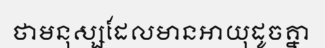
ថាមនុស្សដែលមានអាយុដូចគ្នា